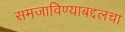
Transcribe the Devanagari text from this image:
समजाविण्याबद्दलचा